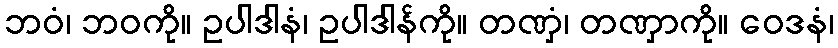
ဘဝံ၊ ဘဝကို။ ဥပါဒါနံ၊ ဥပါဒါန်ကို။ တဏှံ၊ တဏှာကို။ ဝေဒနံ၊